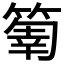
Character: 𥰬